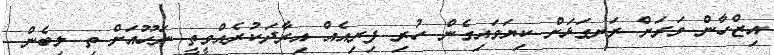
އިޒްހާން ވަރަށް ރަނގަޅަށް ކިޔަވައިގެން ހުރި ފިރިއެއް އިރާދަކުރެއްވީތީ ނަހޫއަށް ތި ލިބެން